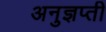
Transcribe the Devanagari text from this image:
अनुज्ञप्ती